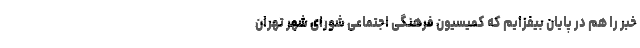
خبر را هم در پایان بیفزایم که کمیسیون فرهنگی اجتماعی شورای شهر تهران